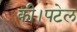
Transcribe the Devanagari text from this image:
की।पटेल